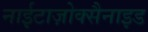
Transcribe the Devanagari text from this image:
नाईटाज़ोक्सैनाइड